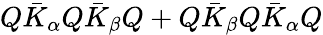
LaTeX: Q\bar{K}_{\alpha}Q\bar{K}_{\beta}Q+Q\bar{K}_{\beta}Q\bar{K}_{\alpha}Q